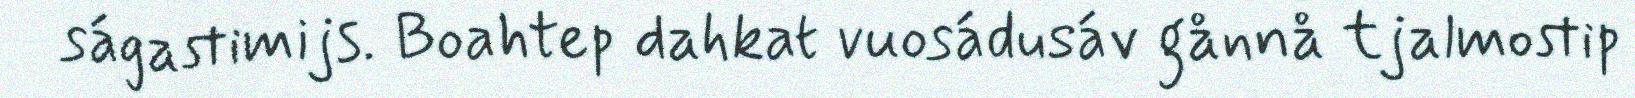
ságastimijs. Boahtep dahkat vuosádusáv gånnå tjalmostip